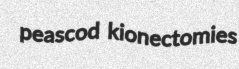
peascod kionectomies